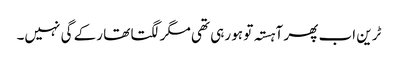
ٹرین اب پھر آہستہ تو ہو رہی تھی مگر لگتا تھا رکے گی نہیں۔